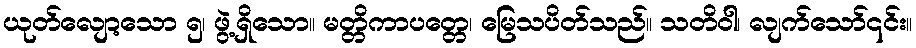
ယုတ်လျော့သော ၅၊ ဖွဲ့ရှိသော။ မတ္တိကာပတ္တေ၊ မြေသပိတ်သည်။ သတိဝါ၊ လျက်သော်၎င်း။